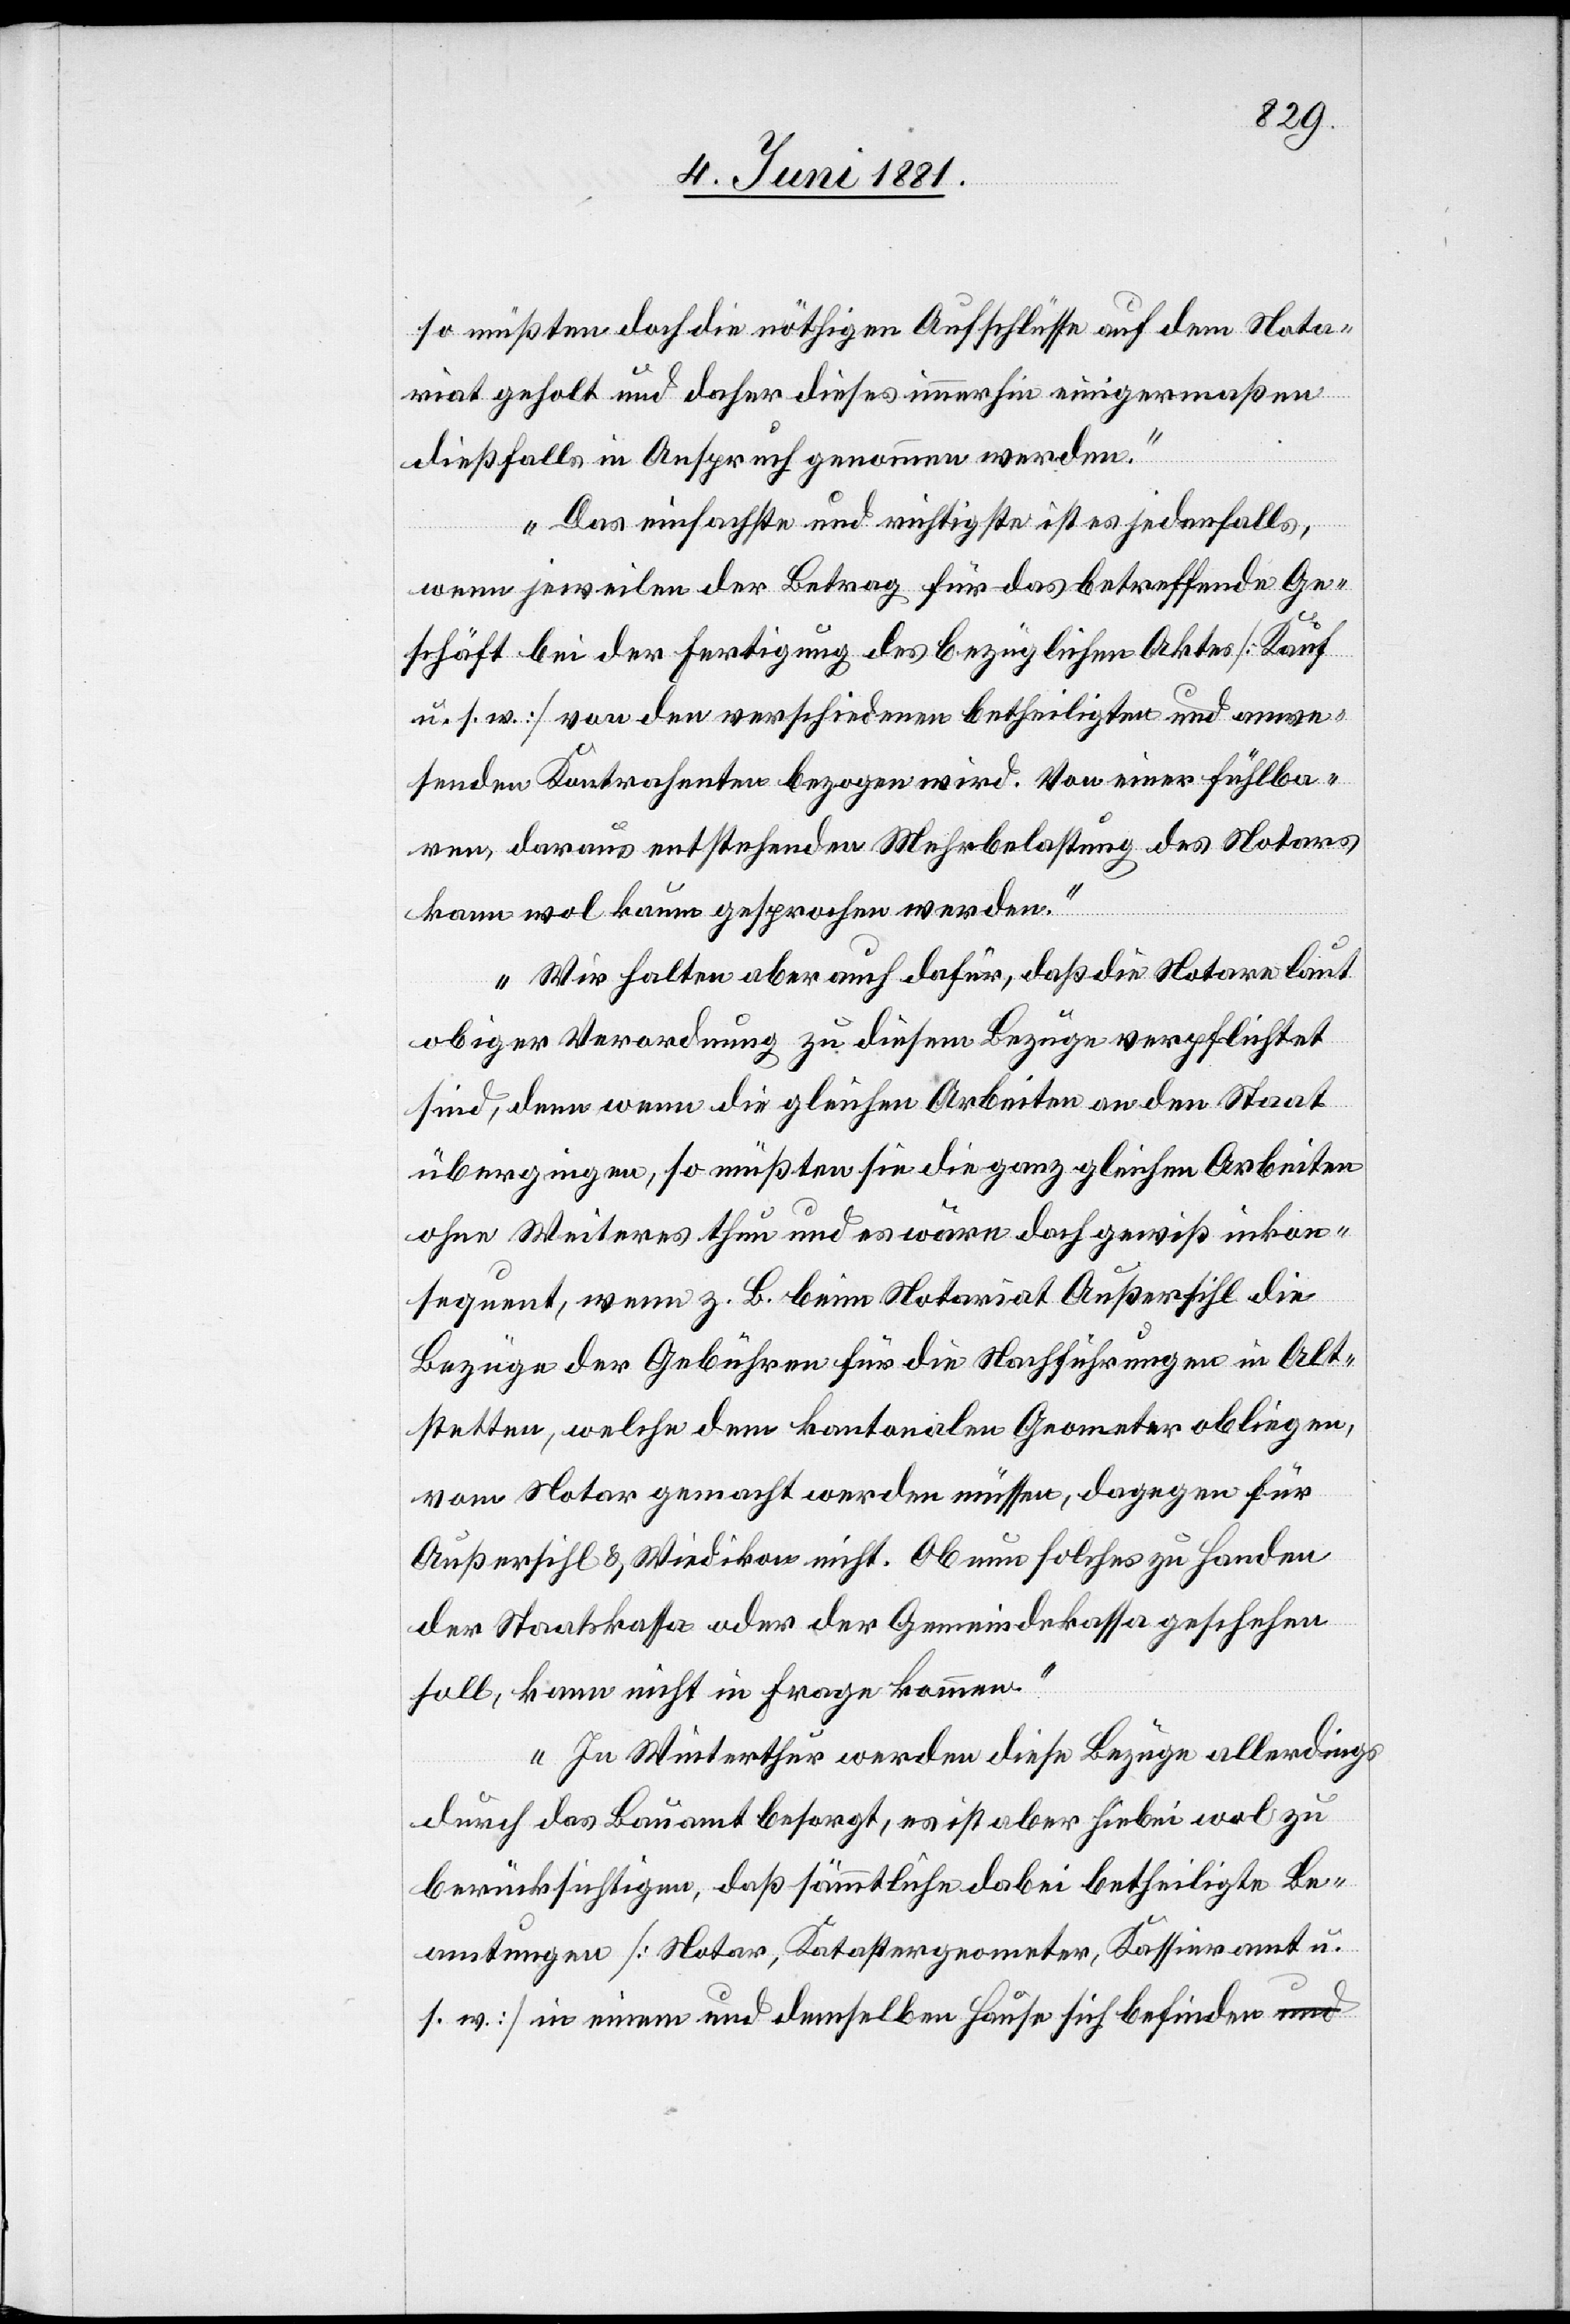
so müßten doch die nöthigen Aufschlüsse auf dem Nota¬
riat geholt und daher dieses immerhin einigermaßen
dießfalls in Anspruch genommen werden.
Das einfachste und richtigste ist es jedenfalls,
wenn jeweilen der Betrag für das betreffende Ge¬
schäft bei der Fertigung des bezüglichen Aktes [Kauf
u. s. w.] von den verschiedenen betheiligten und anwe¬
senden Kontrahenten bezogen wird. Von einer fühlba¬
ren, daraus entstehenden Mehrbelastung des Notars
kann wol kaum gesprochen werden.
Wir halten aber auch dafür, daß die Notare laut
obiger Verordnung zu diesem Bezuge verpflichtet
sind, denn wenn die gleichen Arbeiten an den Staat
übergingen, so müßten sie die ganz gleichen Arbeiten
ohne Weiteres thun und es wäre doch gewiß inkon¬
sequent, wenn z. B. beim Notariat Außersihl die
Bezüge der Gebühren für die Nachführungen in Alt¬
stetten, welche dem kantonalen Geometer obliegen,
vom Notar gemacht werden müssen, dagegen für
Außersihl & Wiedikon nicht. Ob nun solches zu Handen
der Staatskassa oder der Gemeindekassa geschehen
soll, kann nicht in Frage kommen.
In Winterthur werden diese Bezüge allerdings
durch das Bauamt besorgt, es ist aber hiebei wol zu
berücksichtigen, daß sämmtliche dabei betheiligte Be¬
amtungen [Notar, Katastergeometer, Kassieramt u.
s. w.] in einem und demselben Hause sich befinden